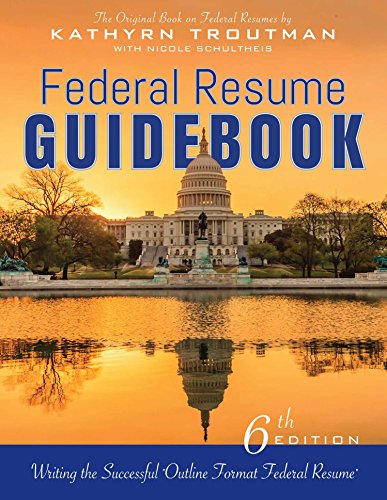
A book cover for Federal Resume Guidebook 6th Ed, : Writing the Successful Outline Format Federal Resume; Kathryn Troutman; Business & Money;